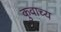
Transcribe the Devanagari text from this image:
कुवाच्य